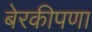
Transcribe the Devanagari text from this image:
बेरकीपणा